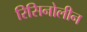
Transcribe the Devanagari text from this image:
रिसिनोलीन